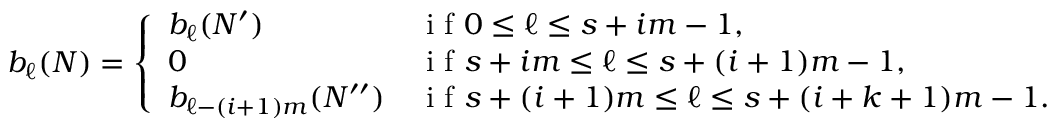
b _ { \ell } ( N ) = \left\{ \begin{array} { l l } { b _ { \ell } ( N ^ { \prime } ) } & { \textrm { i f } 0 \le \ell \le s + i m - 1 , } \\ { 0 } & { \textrm { i f } s + i m \le \ell \le s + ( i + 1 ) m - 1 , } \\ { b _ { \ell - ( i + 1 ) m } ( N ^ { \prime \prime } ) } & { \textrm { i f } s + ( i + 1 ) m \le \ell \le s + ( i + k + 1 ) m - 1 . } \end{array} \right.